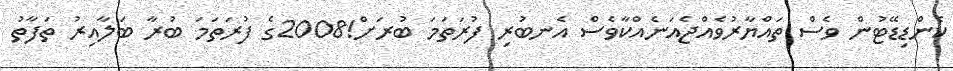
ކެންޑިޑޭޓުން ވެސް ތައްޔާރުވެއްޖެއަނެއްކާވެސް އެނބުރި ފުރަތަމަ ބުރަށް!2008ގެ ފުރަތަމަ ބުރާ ބަލާއިރު ތަފާތު